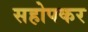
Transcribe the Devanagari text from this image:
सहोपकर